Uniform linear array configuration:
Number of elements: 16
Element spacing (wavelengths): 0.5
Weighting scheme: kaiser
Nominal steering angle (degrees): -15
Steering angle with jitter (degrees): -16.988
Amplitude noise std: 0.05
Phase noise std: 0.05

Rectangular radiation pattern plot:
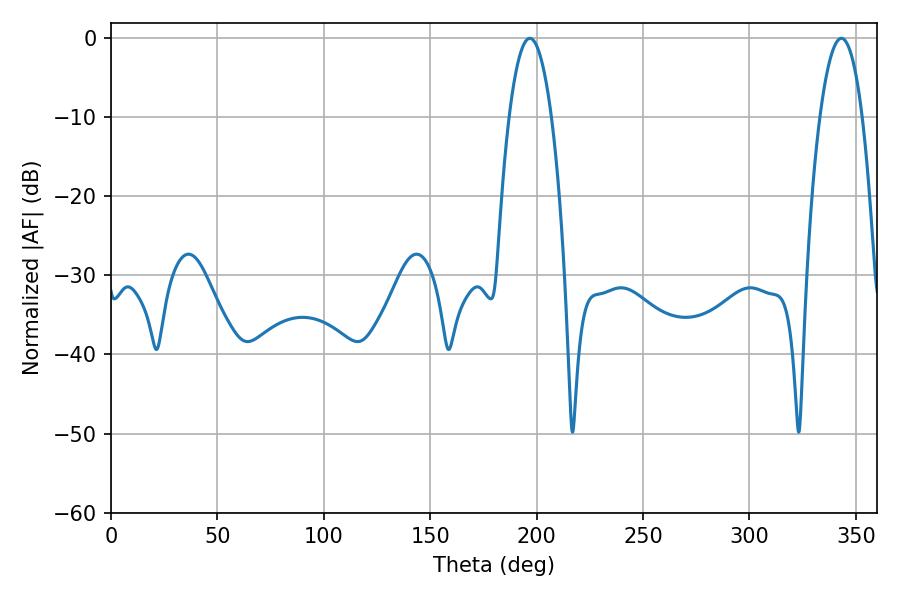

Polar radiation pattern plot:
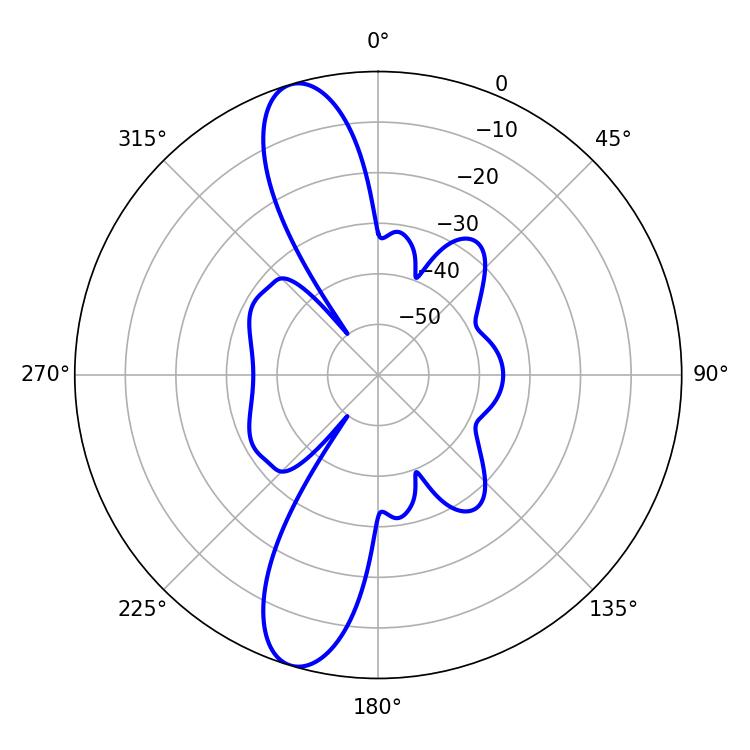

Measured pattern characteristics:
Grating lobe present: FALSE
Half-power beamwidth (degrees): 10.98
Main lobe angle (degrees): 196.74